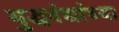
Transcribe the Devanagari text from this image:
युद्धवंद्यांच्या